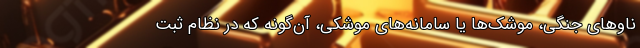
ناوهای جنگی، موشک‌ها یا سامانه‌های موشکی، آن‌گونه که در نظام ثبت